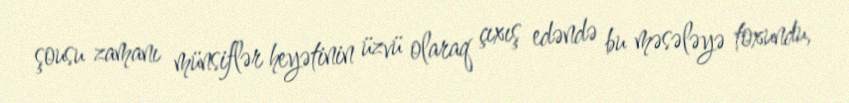
şousu zamanı münsiflər heyətinin üzvü olaraq çıxış edəndə bu məsələyə toxundu,